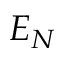
E _ { N }